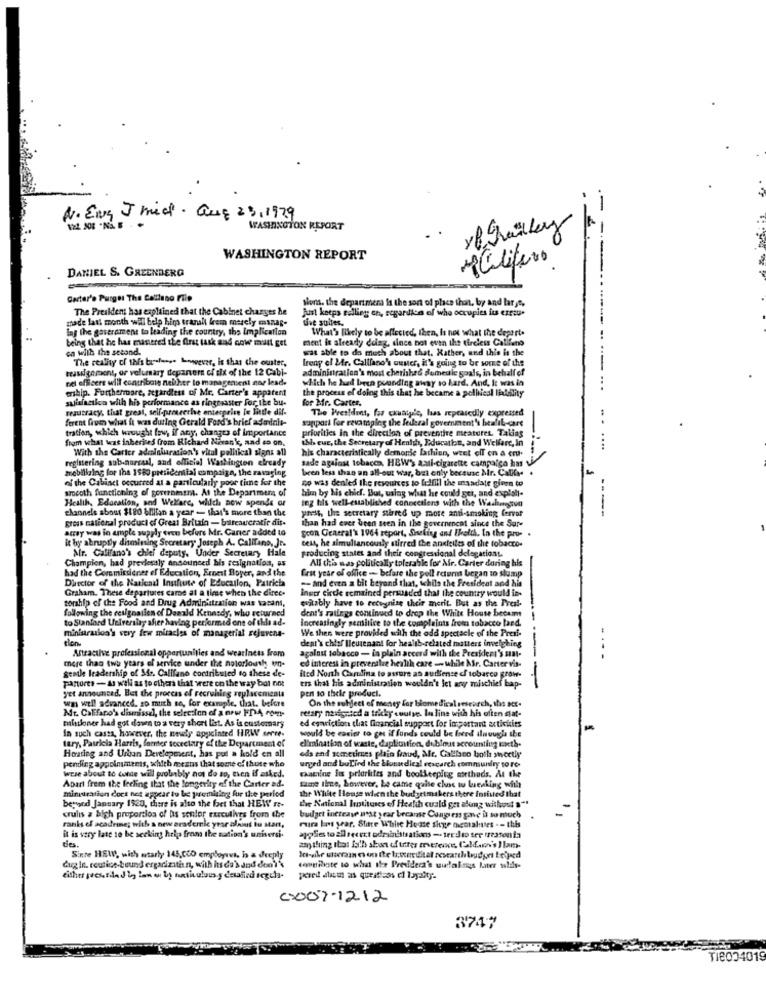
.-
N. Eng J med. Que 23,1979
122 008 -
WASHINGTON REPORT
yf grandley
WASHINGTON REPORT
1alifino
DANIEL S. GREENBERG
Carter's Purges The Callano Flip
Nons. the department Is the son of place that, by and tary",
The President has explained that the Cabinet charges he
Just keeps telling ch, sogardica of who occupies fus errou.
made last month will belp him traralt frem merely casnap-
tive suites.
lag the gaserament to leading the country, the implication
What's likely to be affected, then, Is not what the deperte
being that he has manered she Ars task and cowe must get
ment is already doing, since not even the tireless Califano
...
ca with the second.
wat able to do much about that. Rather, and this is the
The reality of this busfees. however, is that the ouster,
Ireny el Mr. Calliano's muster, it's going to be some of the
teasagement, or volumary depanem of six of the 12 Cabi-
administration's most cherished demeule goals, in behalf of
net officers will contribole neither to managenieni nor lesd.
which he had been pounding away so hard, And, It was in
enship. Furthermore, segardless of Mr. Carter's apparent
the process of doing this that he became a political lildiity
...
saliafacileo with his performance as ringmaster for, ike bu-
for Mr. Carter,
reautracy, that great, self-pameethe enterprise le little dif-
The President, for ckuaip'e, has repeatedly expressed
ferent five what it was during Gerald Ford's brief adaialt-
support for revamping the federal government's heafil-care
tration, which wrought few, if any, changes of importance
priorities in the direction of preventive meatures. Takias
from what was inherited from Richard Nisank, and so on.
ihh eur, the Secretary of Henhh, Education, and Welfare, In
With the Carter adminiuration's vital political signs all
his characteristically demonte fashion, weet off en a cru-
....
sade against tobacco, HBW's anti-cigarette campalga has
registering sub-norraal, and officiel Washington elready
mobillaing for the 1580 presidential campaign, the ravaging
been less than un all-out war, but only because Mr. Califa. .
of the Cabinct occurred at a particularly poor time for the
no was denled the resources to fulfill the usadate given to
smooth functioning of government. At the Department of
him by his chief. But, using what he could sei, and expish-
Health, Education, and Welfare, which now spende or
tog his well-established conoccilens with the Washington
channels about $180 billion a year - that's more than the
press, the secretary stirred up more anti-smoking fervor
gross national product of Great Britain - bureaucratie dis-
than had ever been seen in the governencet since the Sar-
array was in ample supply tren before Mr. Caner added to
Scon General's 1964 report, Sneling and theich. In the pro- .
it by abruptly dismissing Secretary Joseph A. Califano, Je.
cest, he simultaneously stirred the anxieiles of the tobacco-
Alr. Caltrano's chief deputy. Under Secretary Hale
producing states and their congressional delegationt.
Champion, had prevlessly andounced his resignation, as
All this was politically tolerable for Mr. Carter during his
had the Commissioner ef Education, Ernest Boyer, and the
first year of office --- before the poll rcterm began to slump
Director of the Nasiend Insfiute of Education, Patrich
-- and even a bit beyond that, ichils the President and his
Graham. These departures came at a time when the direc.
Inger circle remained persuaded that the country would in-
torship of the Food and Drug Administration was kasans,
ovitably have to recognize their merit. But as the Presl-
following the resignalien of Donald Kennedy, who returned
dent's ratings continued to drop the White House became
to Stanford Uelrensing after having performed one of this ad-
Increasingly semitice to the complaints from tobacco land.
miniurailon's very few miracles of managerial rejuvena-
We then were provided with the odd spectacle of the Presi-
tion
deat's chief lieutenant for health-related matters inweighing
Attractive professional opportunities and wearinets from
against tobacco - in plain accord with the President's stal-
-...
ed interest in preveralie health care - while Nr. Carter vis-
----
more than two years of service under the notorioush wn-
gentle leadership of 54 .. Califano contributed to these de-
pantores - As well as to others that were on the way bal not
ited North Carolina to assure an audience of tobacco grow-
-
yet announced. But the process of recruhing replacenicola
ers that his administration wouldn't Ict any mischief bap-
pen 10 thele product.
wn well advanced, so much so, for example, that. before
Mr. Califano's dismissal, the selection of a nrw FDA non-
retary navignicd a tricky soutys lu line with his often stat-
On the subject of money for biomedical research, this act.
missioner had got down to a very short list. As is customary
In such cases, however, the newly appointed HRW serre-
ed conviction that financial support for important activities
would be easier to get if funds could be ford iluuugh the
tary, Patricia Harris, former secretary of the Department of
elimination of waste, daplittion, dubimit accounting iketh.
Houding and Urban Development, has put a hold en all
pending appointments, which means that some of those who
eds and sometimes plain fraud, Mr. Callaco both sweetly
urged and buLind the blousedies! rescarch communfry to re-
Apart frem the feeling that the longerity of the Carter ad.
Were about to conde will probably not do so, even if asked.
examine fis prioriites and bookkeeping atethuds. At the
same ilme, Lowever. Le came quite choc tu luenking with
minuration doct not appear to be promising fur de perlod
the White House when the budgetmakers there insisted that
begynd January 1920, there is also the bet that HEW no-
the National Institutes of Health cuald get along withost s""
cruiis a high proportion of hs senior executives from the
budget increase unst year breanse Congress gane is so much
ranks of acadring; with a new academic year alant to start,
rura los year. Stitre White House shye ocoalities - - this
it is very late to be seeking helps from the nation's universi.
apple to allretect odrasinistrations - teedio ser treasonta
Sinte HEWV, with starty 145,CCO employevi, in a deeply
dugin. ccutics-tuund ergarizitan, with hs da's and don't's
compilate to what the Presidera's uwlalinus later wids-
either pressila d'y bon ow by anti ulous y datafind segela.
pered dlacut as questi=os el loyalty-
C2007-1212
3747
TI8004019